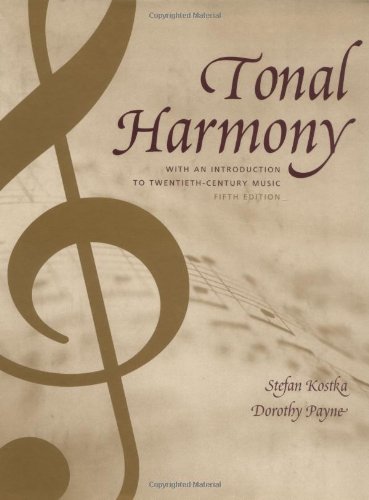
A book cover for Tonal Harmony, with an Introduction to Twentieth-Century Music; Stefan Kostka; Christian Books & Bibles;